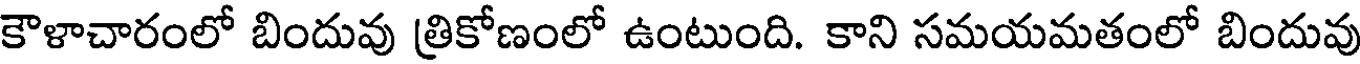
కౌళాచారంలో బిందువు త్రికోణంలో ఉంటుంది. కాని సమయమతంలో బిందువు